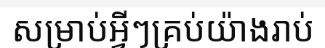
សម្រាប់អ្វីៗគ្រប់យ៉ាងរាប់